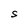
Character: S